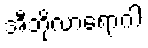
အီဘိုလာရောဂါ